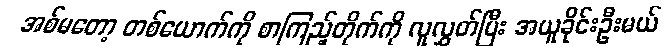
အစ်မတော့ တစ်ယောက်ကို စာကြည့်တိုက်ကို လူလွှတ်ပြီး အယူခိုင်းဦးမယ်